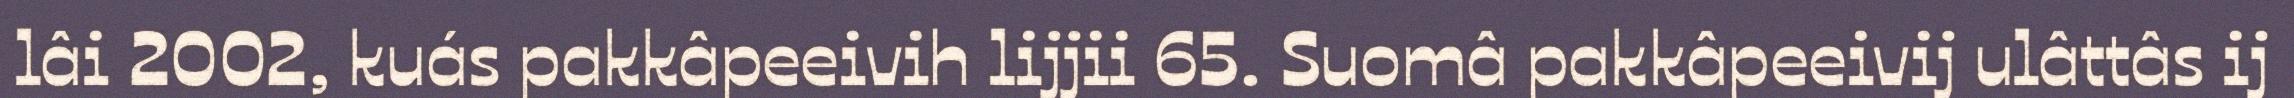
lâi 2002, kuás pakkâpeeivih lijjii 65. Suomâ pakkâpeeivij ulâttâs ij